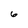
Character: 6